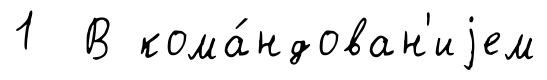
1 В кома́ндован'иjем